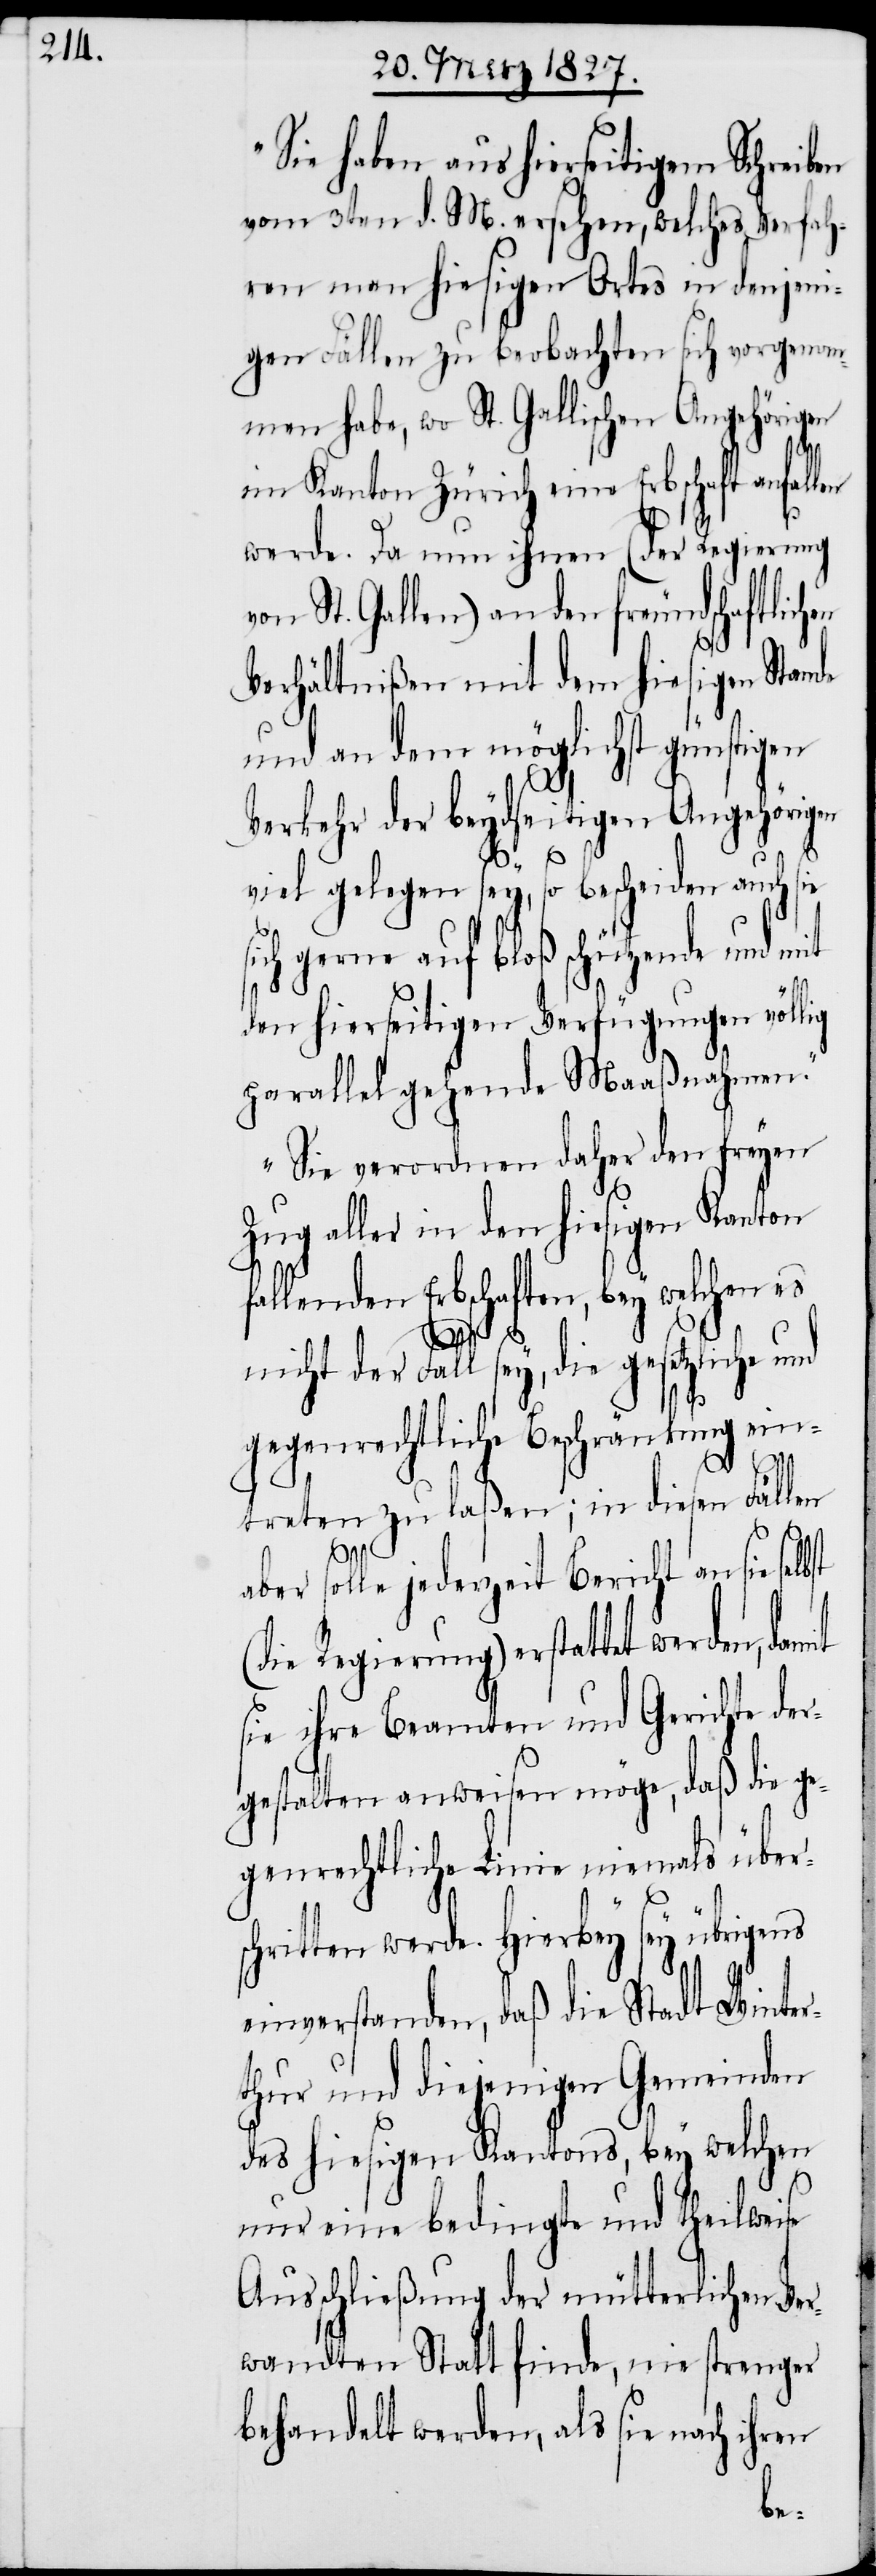
„Sie haben aus hierseitigem Schreiben
vom 3ten d. M. ersehen, welches Verfah¬
ren man hiesigen Ortes in denjeni¬
gen Fällen zu beobachten sich vorgenom¬
men habe, wo St. Gallischen Angehörigen
damit
im Kanton Zürich eine Erbschaft anfallen
werde. Da nun ihnen (der Regierung
von St. Gallen) an den freundschaftlich¬
Verhältnißen mit dem hiesigen Stande
und an dem möglichst günstigen
Verkehr der beydseitigen Angehörigen
viel gelegen sey, so bescheiden auch sie
sich gerne auf bloß schützende und mit
den hierseitigen Verfügungen völlig
parallel gehende Maaßnahmen.“
„Sie verordnen daher den freyen
Zug aller in den hiesigen Kanton
fallenden Erbschaften, bey welchen es
nicht der Fall sey, die gesetzliche und
gegenrechtliche Beschränkung ein¬
treten zu laßen; in diesen Fällen
aber solle jederzeit Bericht an sie selbst
(die Regierung) erstattet werden,
sie ihre Beamten und Gerichte der¬
gestalten anweisen möge, daß die g¬
egenrechtliche Linie niemals übers¬
chritten werde. Hierbey sey übrigens
einverstanden, daß die Stadt Winter¬
thur und diejenigen Gemeinden
des hiesigen Kantons, bey welchen
nur eine bedingte und theilweise
Ausschließung der mütterlichen Ver¬
wandten Statt finde, nie strenger
behandelt werden, als sie nach ihren